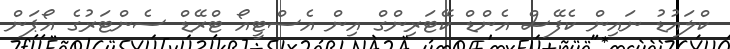
ކްލައުޑު ނައިން ކެފޭސް އެންޑް ކޭޓަރިންގް އިން އެސްޓީއޯ ޓްރޭޑް ސެންޓަރުގެ އޯޕަން